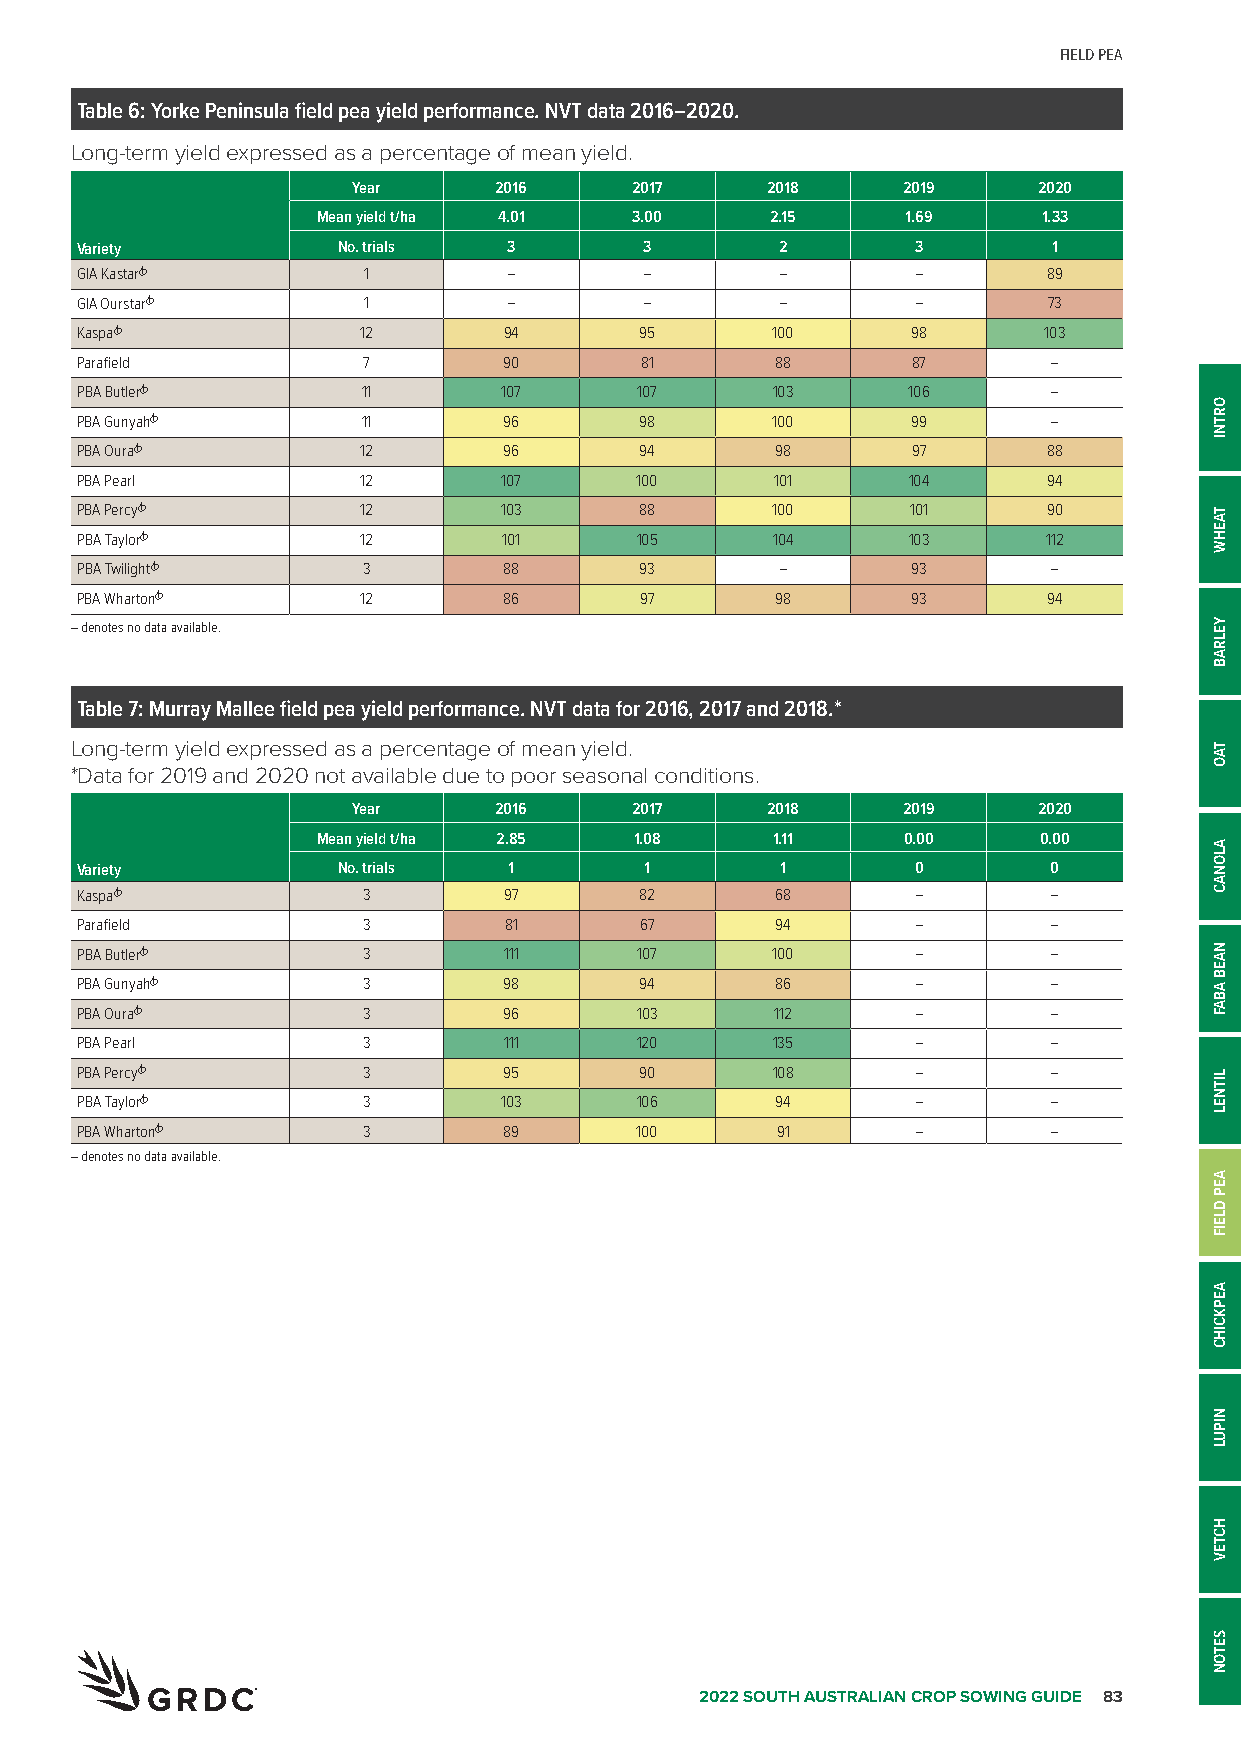
FIELD PEA
 Table 6: Yorke Peninsula field pea yield performance. NVT data 2016–2020.
 Long-term yield expressed as a percentage of mean yield.
 Year      2016     2017     2018     2019     2020
 Mean yield t/ha 4.01 3.00     2.15     1.69     1.33
 Variety          No. trials  3        3        2        3        1
 GIA KastarA        1         –        –        –        –       89
 GIA OurstarA       1         –        –        –        –       73
 KaspaA             12       94       95       100      98       103
 Parafield          7        90       81       88       87        –
 PBA ButlerA        11       107      107      103      106       –
 PBA GunyahA        11       96       98       100      99        –
 PBA OuraA          12       96       94       98       97       88
 PBA Pearl          12       107      100      101      104      94
 PBA PercyA         12       103      88       100      101      90
 PBA TaylorA        12       101      105      104      103      112
 PBA TwilightA      3        88       93        –       93        –
 PBA WhartonA       12       86       97       98       93       94
 – denotes no data available.
 Table 7: Murray Mallee field pea yield performance. NVT data for 2016, 2017 and 2018.*
 Long-term yield expressed as a percentage of mean yield.
 *Data for 2019 and 2020 not available due to poor seasonal conditions.
 Year      2016     2017     2018     2019     2020
 Mean yield t/ha 2.85 1.08     1.11     0.00     0.00
 Variety          No. trials  1        1        1        0        0
 KaspaA             3        97       82       68        –        –
 Parafield          3        81       67       94        –        –
 PBA ButlerA        3        111      107      100       –        –
 PBA GunyahA        3        98       94       86        –        –
 PBA OuraA          3        96       103      112       –        –
 PBA Pearl          3        111      120      135       –        –
 PBA PercyA         3        95       90       108       –        –
 PBA TaylorA        3        103      106      94        –        –
 PBA WhartonA       3        89       100      91        –        –
 – denotes no data available.
 2022 SOUTH AUSTRALIAN CROP SOWING GUIDE 83
 ORTNI
 TAEHW
 YELRAB
 TAO
 ALONAC
 NAEB
 ABAF
 LITNEL
 AEP
 DLEIF
 AEPKCIHC
 NIPUL
 HCTEV
 SETON